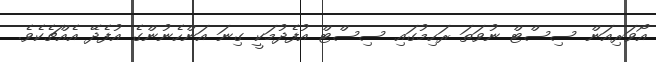
އޯވަރިއަން ސިސްޓް ނުވަތަ ރަހިމުގައި ސިސްޓް އުފެދުމަކީ ގިނަ އަންހެނުންގެ އުފެދޭ އެއްޗެކެވެ.